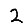
Digit: 2